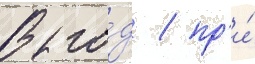
В го́д / пр'и́